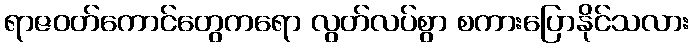
ရာဇဝတ်ကောင်တွေကရော လွတ်လပ်စွာ စကားပြောနိုင်သလား